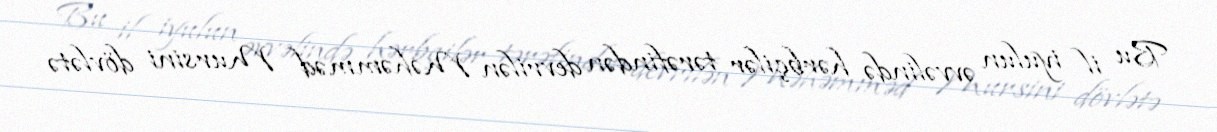
Bu il iyulun əvvəlində hərbçilər tərəfindən devrilən Məhəmməd Mursini dövlətə